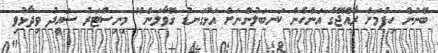
ބޭނުން ހިފުމަށް ރާއްޖޭގެ އަންހެން ކަނބަލުންނަށް އަޅުގަނޑު ގޮވާލަން" މިނިސްޓަރު ސައީދު ވިދާޅުވި